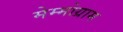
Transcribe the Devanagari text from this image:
मेम्मोग्राम